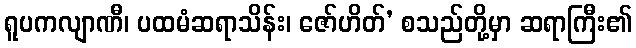
ရူပကလျာဏီ၊ ပထမံဆရာသိန်း၊ ဇော်ဟိတ်’ စသည်တို့မှာ ဆရာကြီး၏